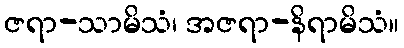
ဇရာ-သာမိသံ၊ အဇရာ-နိရာမိသံ။